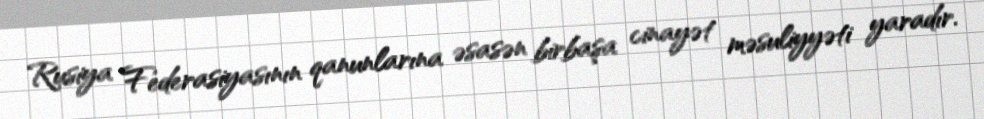
Rusiya Federasiyasının qanunlarına əsasən birbaşa cinayət məsuliyyəti yaradır.